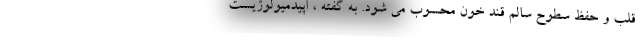
قلب و حفظ سطوح سالم قند خون محسوب می شود. به گفته ، اپیدمیولوژیست